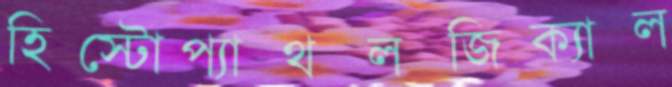
হিস্টোপ্যাথলজিক্যাল